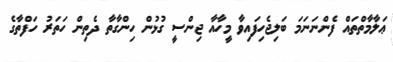
ޢަލާމާތްތައް ފެންނަނަމަ ބަލިޖެހިފައިވާ މީހާއާ ޖިންސީ ގުޅުން ހިންގާތާ ދެތިން ހަތަރު ހަފްތާގެ